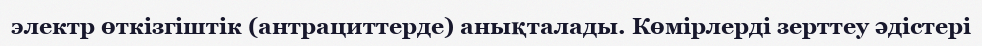
электр өткізгіштік (антрациттерде) анықталады. Көмірлерді зерттеу әдістері